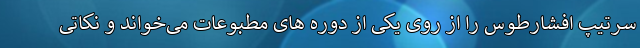
سرتیپ افشارطوس را از روی یکی از دوره های مطبوعات می‌خواند و نکاتی